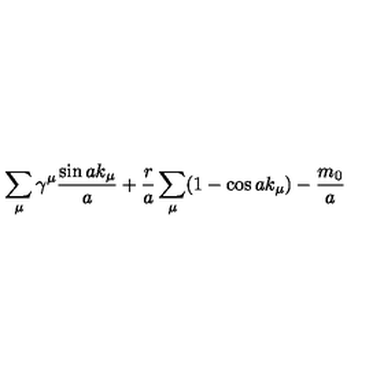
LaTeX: \sum _ { \mu } \gamma ^ { \mu } \frac { \sin a k _ { \mu } } { a } + \frac { r } { a } \sum _ { \mu } ( 1 - \cos a k _ { \mu } ) - \frac { m _ { 0 } } { a }